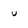
Character: u